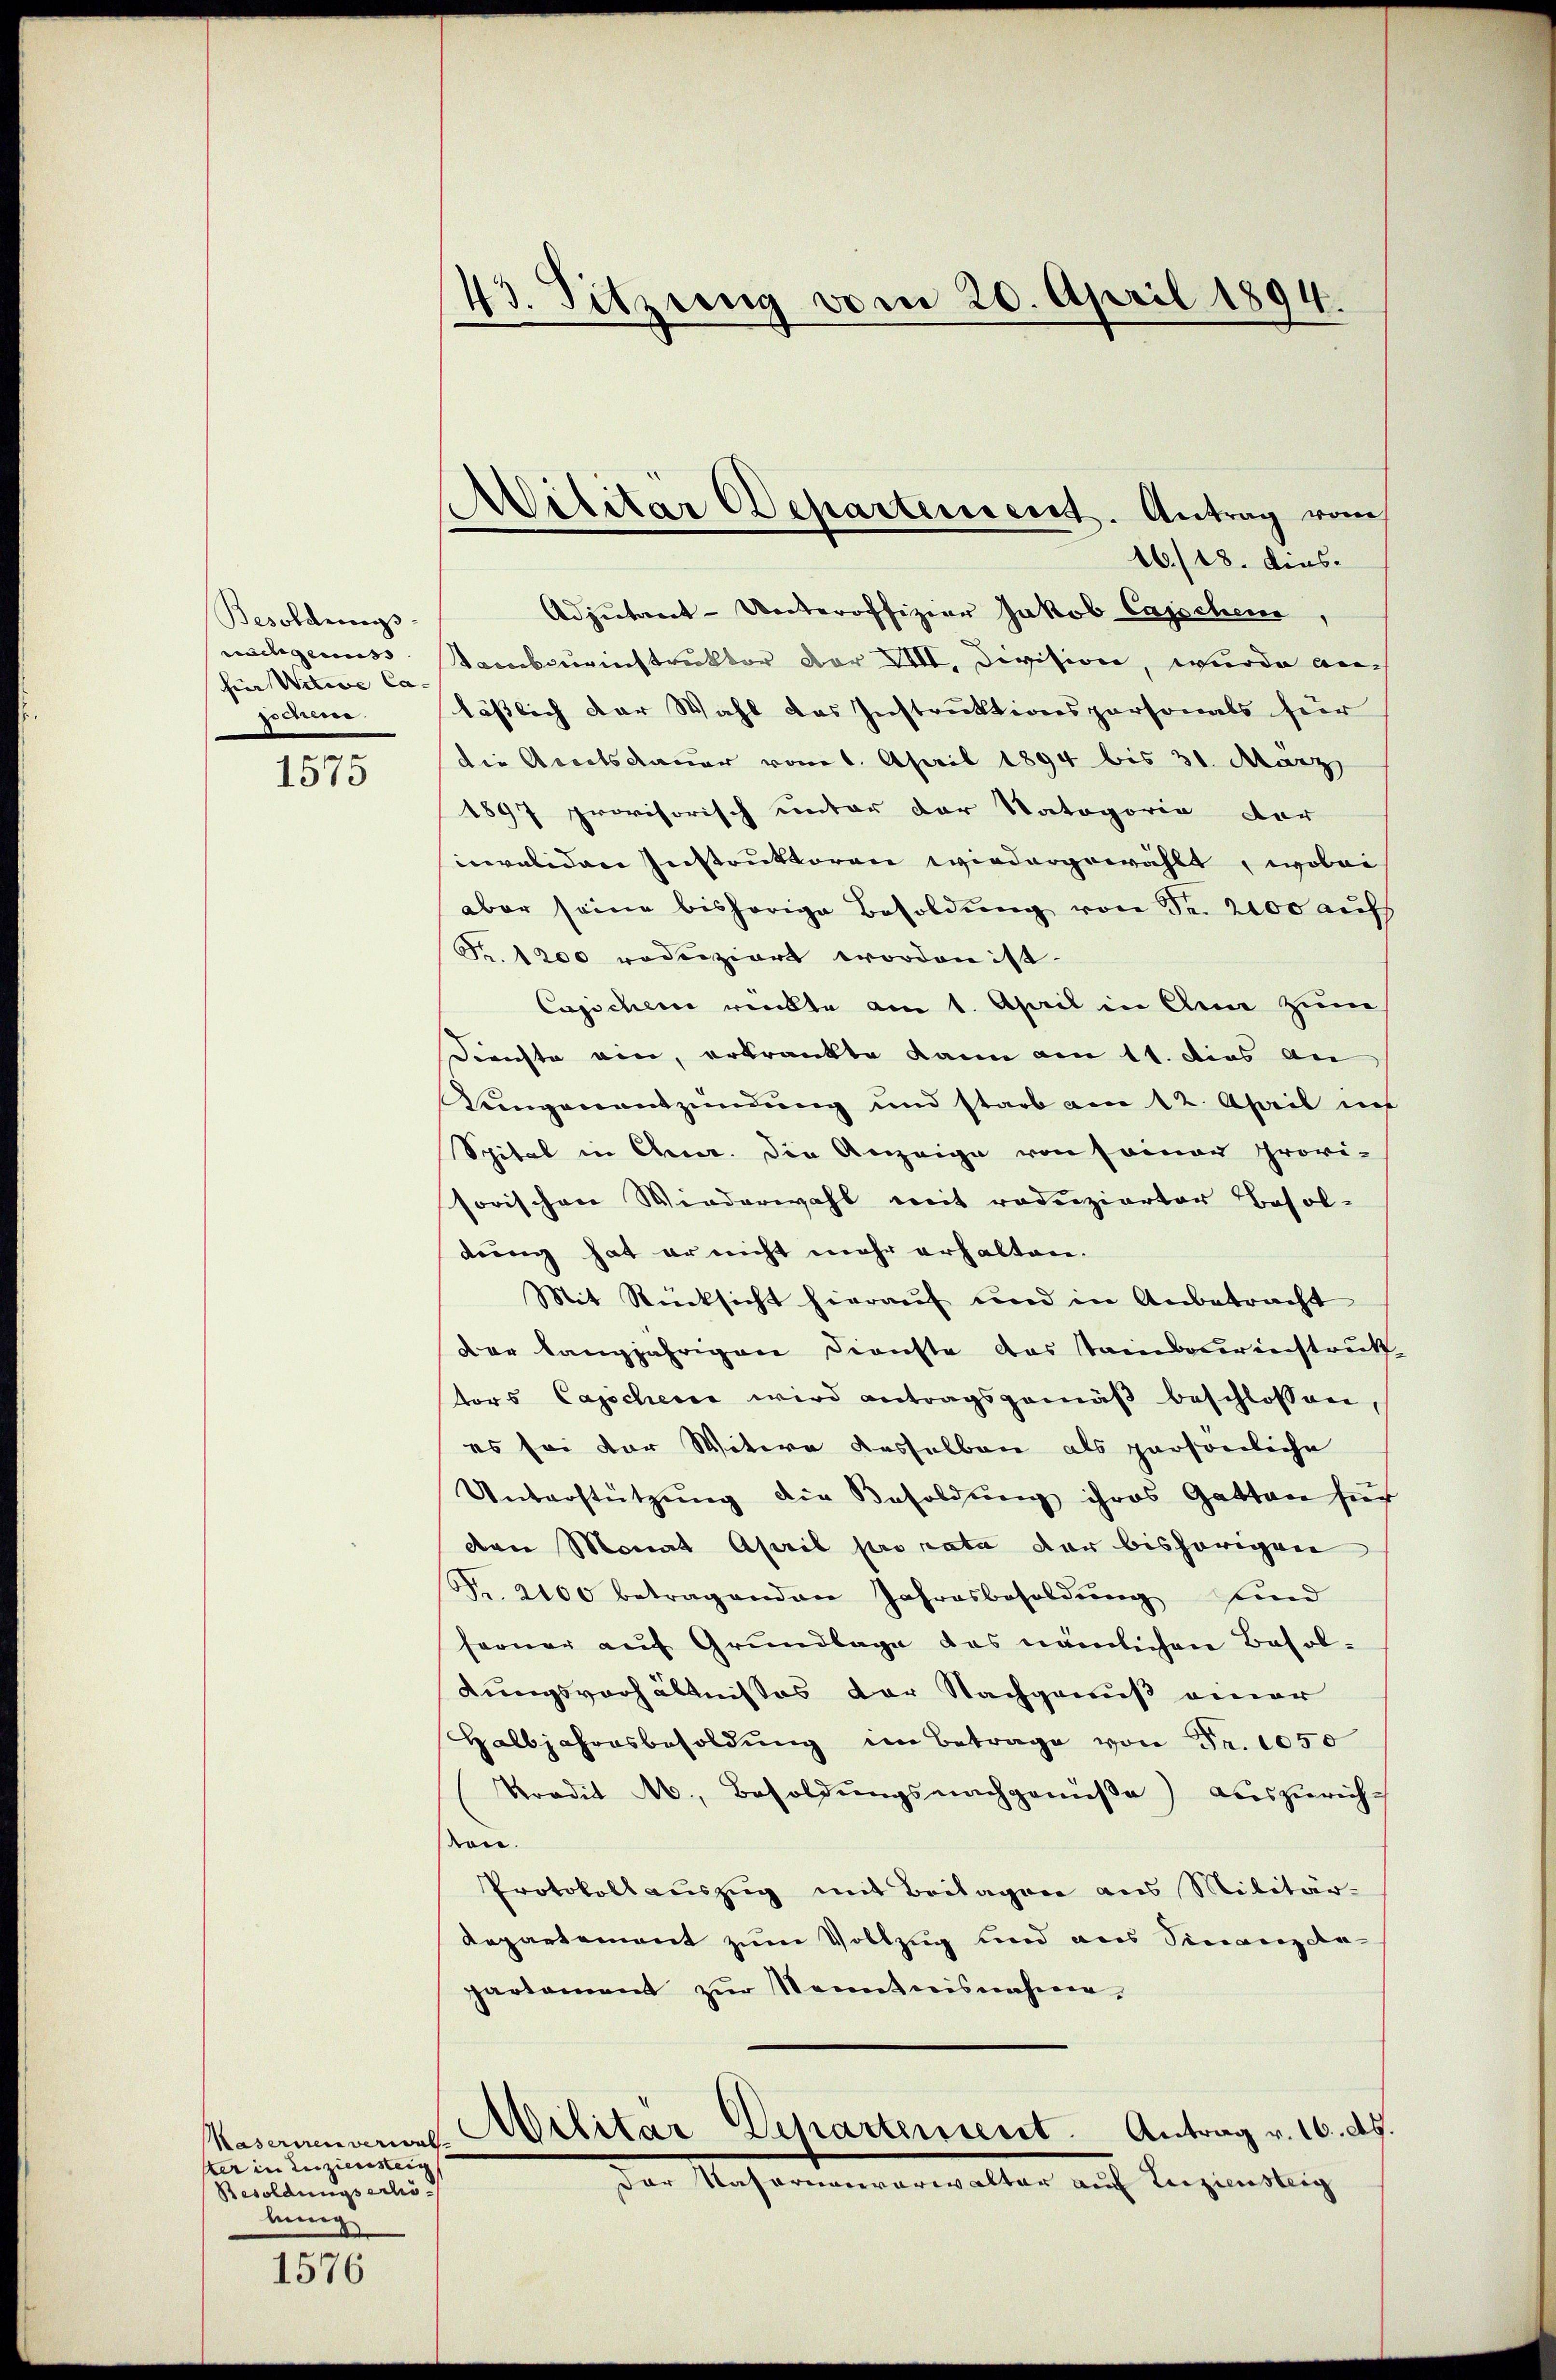
Besoldungs
schgenus |
hier Witwe Ca- |
pochen.
.

1575

Kasernen verwal
ster in Zuzienster
Resoldungserlis
bung

1576

43. Sitzung vom 20. April 1894.

Militär Departement. Antrag vom

16./18. dies.
Adjutant-Unteroffizier Jakob Capschen,
cbcurinstruktor Dor XVII. Devision, wurde au
lässlich der Wahl das Instruktionspersonals für
die Arretsdauer vom 1. April 1894 bis 31. März
1897 provisorisch unter der Vategorie der
invaliden Instruktoren wiedergewählt, wobei
aber seine bisherige Besoldung von Sr. 2100 auf
Fr. 1200 rodeiziert worden ist.
Cagschen werckte am 1. April in Anne zum
Derichte ein, erkrankte kann am 11. dies an
Lungenentzündung und starb am 12. April in
Spital in Cher. Die Anzeige von seinen Provi-
sorischen Wiederwahl mit reduzierter Besoldung hat er nicht mehr erhalten.
Mit Rücksicht hierauf und in Anbetracht
Der langjährigen Dienste das Stainbaurinstrukt
tors Capschen wird antragsgemäβ beschlossen,
es sei der Witwe dasselben als persönliche
Unterstützung die Besoldung ihres Gatten hier
van Monat April pro rata der bishörigen
Fr. 2100 betragenden Jahresbesoldŭng sind
ferner auf Grundlage des nämlichen Besoldungsverhältnisses der Nachgenuß einer
Halbjahresbesoldŭng im Betrage von Fr. 1050
Stradit A. Besoldŭngsnachgemeße) auszurichston.
Protokollauszug mit Beilagen aus Militär-
Repartement zum Vollzug und aus Sinanz derpartament zŭr Nenntnisnahmer¬
¬
Wilitar Departenseret. Antrag v. 16. ds.
der Nacharnonverwalter auf Anziensteig